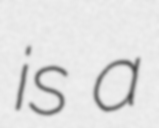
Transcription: is a